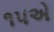
૧૫એ